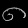
Digit: ၈